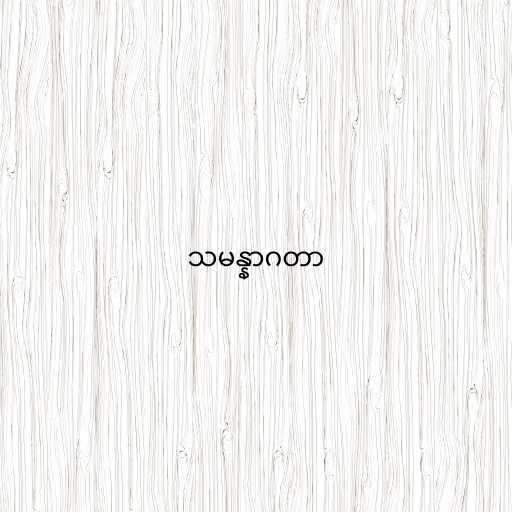
သမန္နာဂတာ